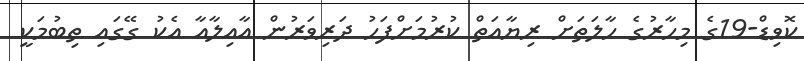
ކޮވިޑް-19ގެ މިހާރުގެ ހާލަތަށް ރިޔާއަތް ކުރުމަށްފަހު ދަރިވަރުން އާއިލާއާ އެކު ގޭގައި ތިބުމަކީ